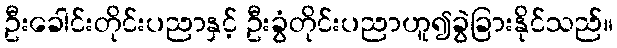
ဦးခေါင်းတိုင်းပညာနှင့် ဦးခွံတိုင်းပညာဟူ၍ခွဲခြားနိုင်သည်။